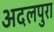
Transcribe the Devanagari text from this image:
अदलपुरा